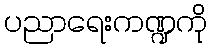
ပညာရေးကဏ္ဍကို